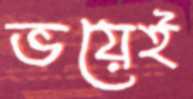
ভয়েই